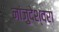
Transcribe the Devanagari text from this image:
नांजुदेश्‍वरा